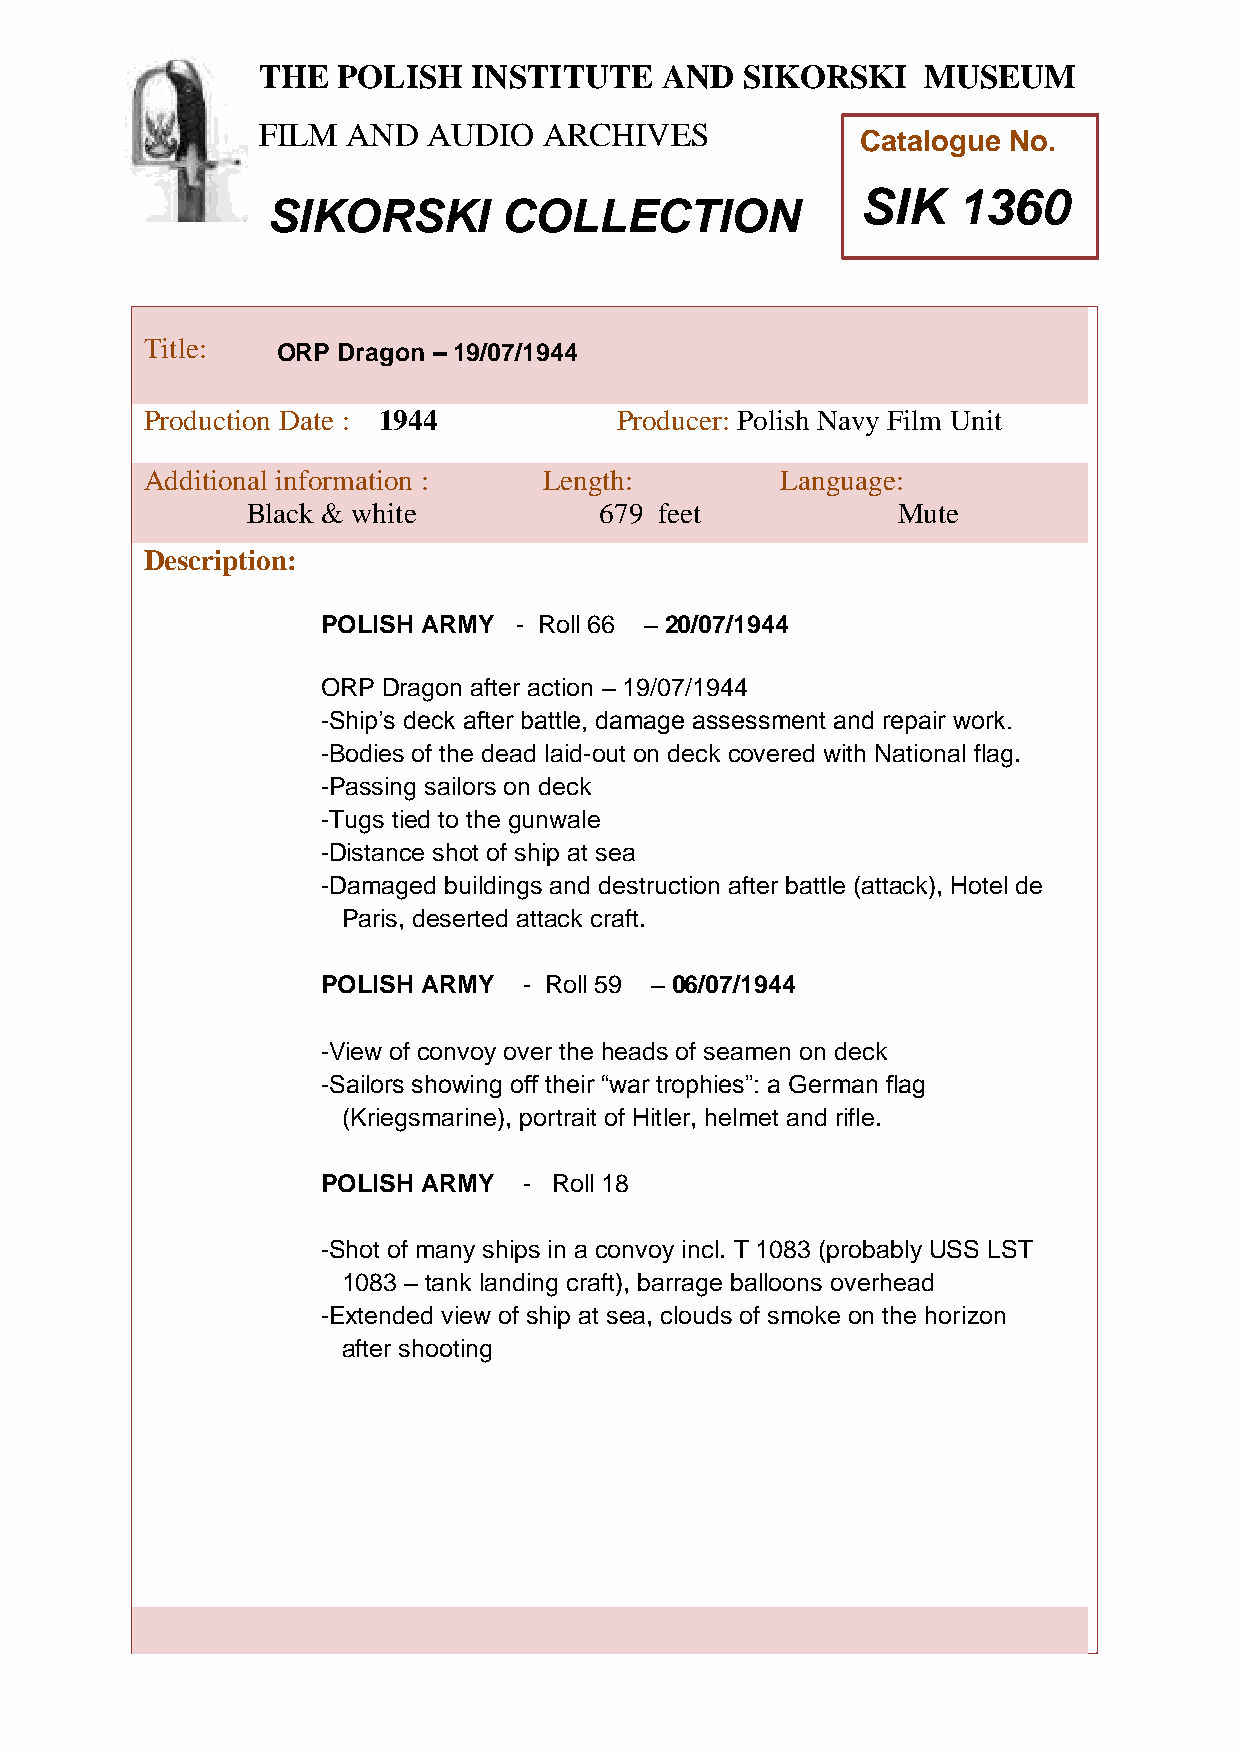
THE  POLISH   INSTITUTE    AND  SIKORSKI    MUSEUM
 FILM  AND  AUDIO   ARCHIVES
 Catalogue No.
 SIK   1360
 SIKORSKI       COLLECTION
 TTitle:     ORP Dragon – 19/07/1944
 h
 Peroduction Date : 1944         Producer: Polish Navy Film Unit
 AddiPtional information :  Length:         Language:
 oBlack & white           679 feet           Mute
 l
 i
 Descriptions:
 h
 PO LISH ARMY - Roll 66 – 20/07/1944
 I
 n
 ORP Dragon after action – 19/07/1944
 s
 -Ship’s detck after battle, damage assessment and repair work.
 i
 t
 -Bodies of the dead laid-out on deck covered with National flag.
 u
 -Passing sailors on deck
 t
 -Tugs tied to the gunwale
 e
 -Distance shot of shi p at sea
 -Damaged buildings aand destruction after battle (attack), Hotel de
 Paris, deserted attack ncraft.
 d
 POLISH ARMY   - Roll 59 – 06/07/1944
 S
 i
 -View of convoy over the heads of skeamen on deck
 -Sailors showing off their “war trophieso”: a German flag
 r
 (Kriegsmarine), portrait of Hitler, helmet and rifle.
 s
 k
 POLISH ARMY   - Roll 18           i
 -Shot of many ships in a convoy incl. T 1083 (probMably USS LST
 1083 – tank landing craft), barrage balloons overheaud
 -Extended view of ship at sea, clouds of smoke on the hsorizon
 after shooting                           e
 u
 m